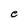
Character: e